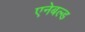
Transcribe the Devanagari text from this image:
एनेबल्ड